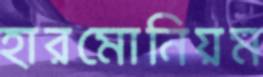
হারমোনিয়ম